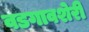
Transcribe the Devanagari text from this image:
वडगावशेरी